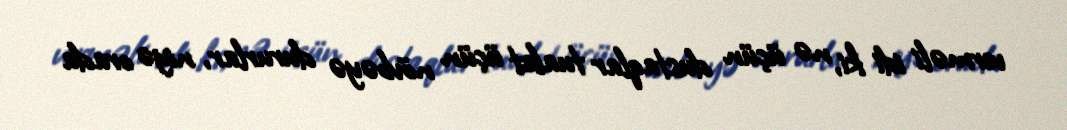
verməli idi ki, nə üçün dustaqlar tualet üçün növbəyə dururlar, niyə orada